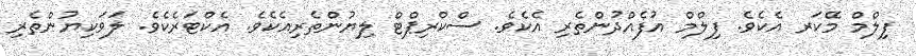
ފިލްމް މޭކަރ އެކެވެ. ފިލްމް އުފެއްދުންތެރި އެކެވެ. ސްކްރިޕްޓް ލިޔުންތެރިއެކެވެ. އެކްޓަރެކެވެ. ލަވަކިޔުންތެރި